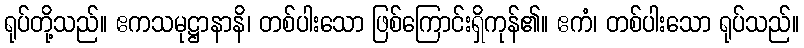
ရုပ်တို့သည်။ ဧကသမုဋ္ဌာနာနိ၊ တစ်ပါးသော ဖြစ်ကြောင်းရှိကုန်၏။ ဧကံ၊ တစ်ပါးသော ရုပ်သည်။